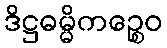
ဒိဋ္ဌဓမ္မိကဉ္စေဝ